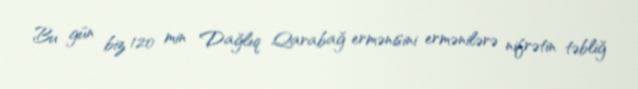
Bu gün biz 120 min Dağlıq Qarabağ ermənisini ermənilərə nifrətin təbliğ